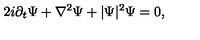
2 i \partial _ { t } \Psi + \nabla ^ { 2 } \Psi + | \Psi | ^ { 2 } \Psi = 0 ,